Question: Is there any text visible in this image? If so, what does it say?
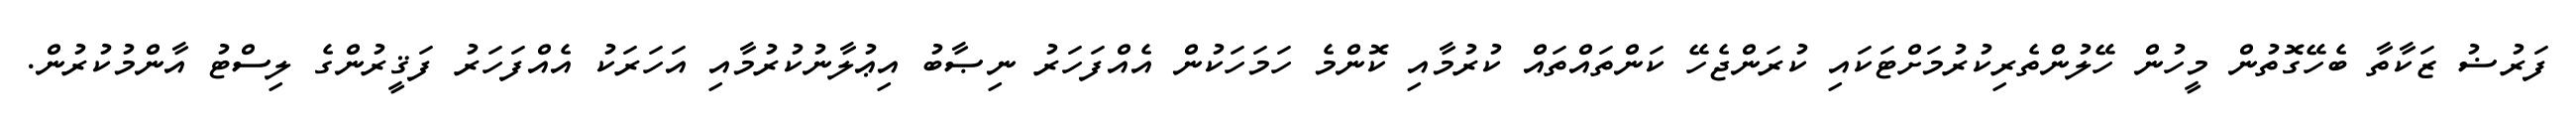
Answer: ފަރުޟު ޒަކާތާ ބެހޭގޮތުން މީހުން ހޭލުންތެރިކުރުމަށްޓަކައި ކުރަންޖެހޭ ކަންތައްތައް ކުރުމާއި ކޮންމެ ހަމަހަކުން އެއްފަހަރު ނިޞާބު އިޢުލާނުކުރުމާއި އަހަރަކު އެއްފަހަރު ފަޤީރުންގެ ލިސްޓު އާންމުކުރުން.